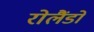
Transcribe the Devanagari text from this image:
रोलैंडो